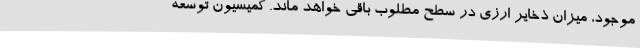
موجود، میزان ذخایر ارزی در سطح مطلوب باقی خواهد ماند. کمیسیون توسعه